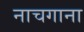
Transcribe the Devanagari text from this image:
नाचगाना